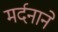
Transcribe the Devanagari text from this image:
मर्दनाने